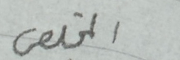
المخلص